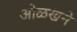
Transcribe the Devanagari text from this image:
ओळखने